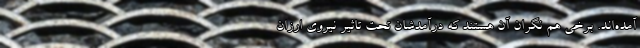
آمده‌اند. برخی هم نگران آن هستند که درآمدشان تحت تاثیر نیروی ارزان